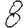
Digit: 8